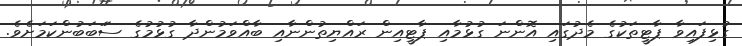
ގުޅިފައިވާ ޕާޓީތަކުގެ މެދުގައި އޮންނަ ގުޅުމާއި ޕާޓީއިން ރައްޔިތުންނާއި ބާއްވަމުންދާ ގުޅުމުގެ ސަަބަބުންކަމަށެވެ.